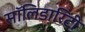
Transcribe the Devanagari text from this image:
सॉलिडारिटी